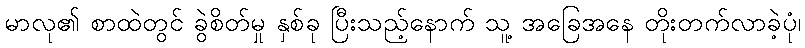
မာလု၏ စာထဲတွင် ခွဲစိတ်မှု နှစ်ခု ပြီးသည့်နောက် သူ့ အခြေအနေ တိုးတက်လာခဲ့ပုံ၊